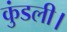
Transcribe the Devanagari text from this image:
कुंडली।